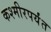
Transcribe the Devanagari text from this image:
कश्मीरपर्यंत